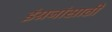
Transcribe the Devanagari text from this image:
इंग्रजांसाठी